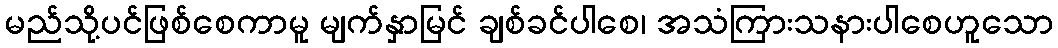
မည်သို့ပင်ဖြစ်စေကာမူ မျက်နှာမြင် ချစ်ခင်ပါစေ၊ အသံကြားသနားပါစေဟူသော